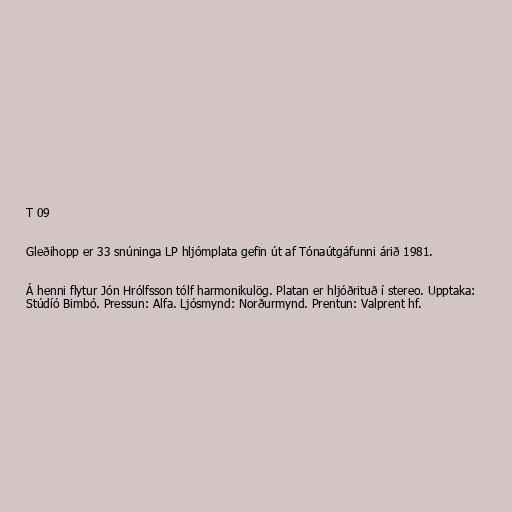
T 09

Gleðihopp er 33 snúninga LP hljómplata gefin út af Tónaútgáfunni árið 1981.

Á henni flytur Jón Hrólfsson tólf harmonikulög. Platan er hljóðrituð í stereo. Upptaka:
Stúdíó Bimbó. Pressun: Alfa. Ljósmynd: Norðurmynd. Prentun: Valprent hf.